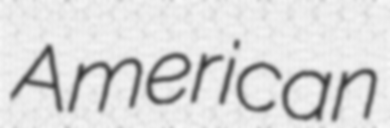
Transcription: American